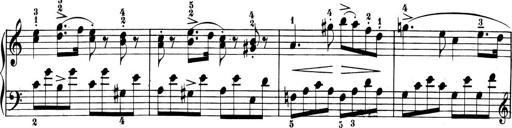
Title: 6 Piano Sonatinas
Composer: Cornelius Gurlitt